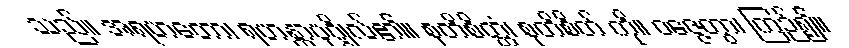
သည်။ အရဟတော၊ ရဟန္တာပုဂ္ဂိုလ်၏။ စုတိစိတ္တံ၊ စုတိစိတ် ကို။ ဝဇ္ဇေတွာ၊ ကြဉ်၍။